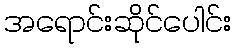
အရောင်းဆိုင်ပေါင်း